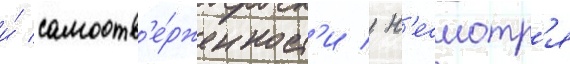
и́ самоотв'е́рженност'и / н'есмотр'я